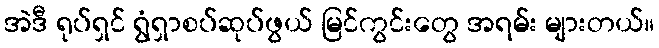
အဲဒီ ရုပ်ရှင် ရွံရှာစပ်ဆုပ်ဖွယ် မြင်ကွင်းတွေ အရမ်း များတယ်။